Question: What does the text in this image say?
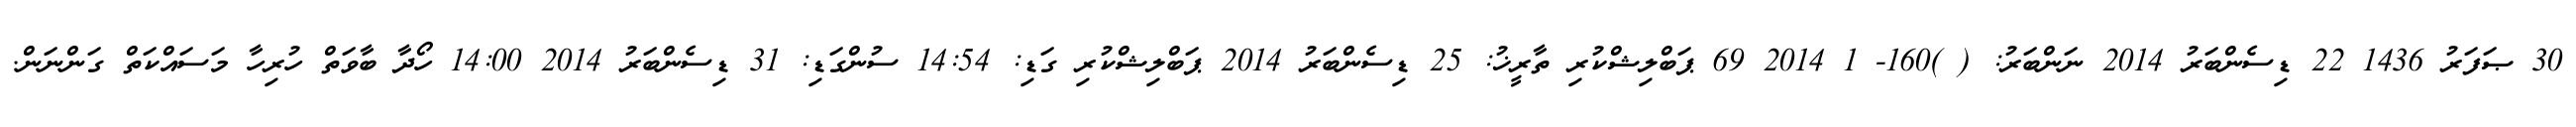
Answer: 30 ޞަފަރު 1436 22 ޑިސެންބަރު 2014 ނަންބަރު: ( )160- 1 2014 69 ޕަބްލިޝްކުރި ތާރީޚު: 25 ޑިސެންބަރު 2014 ޕަބްލިޝްކުރި ގަޑި: 14:54 ސުންގަޑި: 31 ޑިސެންބަރު 2014 14:00 ހޯދާ ބާވަތް ހުރިހާ މަސައްކަތް ގަންނަން.